Lock hospitals Punjab
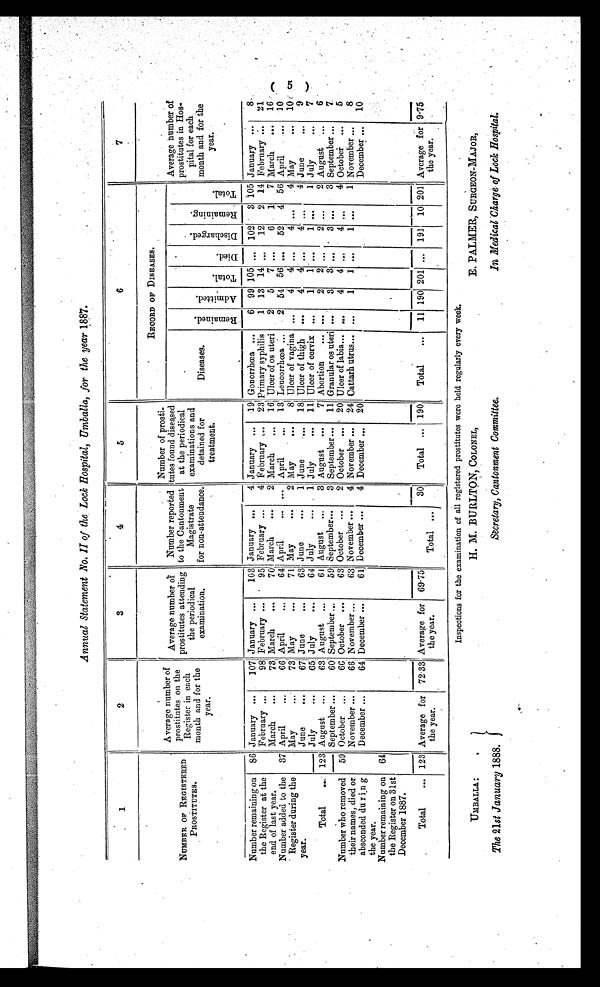
UMBALLA:
The 21 st January 1888.
H. M. BURLTON, COLONEL,
Secretary, Cantonment Committee.
E. PALMER, SURGEON-MAJOR,
In Medical Charge of Lock Hospital.
Annual Statement No . II of the Lock Hospital, Umballa, for the year 1887.
1
2
3
4
5
6
7
NUMBER OF REGISTERED
PROSTITUTES.
Average number of
Prostitutes on the
R e g i s t e r i n e a c h
month and for the
year.
Average number
o f p r o s t i t u t e s a t t e n d i n g
the periodical
examination.
Number reported
to the Cantonment
Magistrate
for non-attendance.
Number of prosti-
tutes found diseased
at the periodical
examinations and
detained for
treatment.
RECORD OF DISEASES.
Average number of
prostitutes in Hos-
pital for each
month and for the
year.
Diseases.
Re ma i n e d .
A d m i t t e d .
T o t a l .
D i e d .
D i s c h a r g e d .
R e m a i n i n g .
T o t a l .
Number remaining on
the Register at the
end of last year.
86 January ...
107 January
. . .
103 January
. . .
4 January
. . .
19 Gonorrhœa ...
6 99 105
. . . 102
3 105 January ...
8
February
. . .
98 February ...
95 February ...
4 February
. . .
23 Primary syphilis
1 13 14
. . .
12
2 14 February ...
21
March
...
73 March
...
70 March
. . .
2 March
. . .
16 Ulcer of os uteri
2
5
7
. . .
6
1
7 March
...
16
Number added to the
Register during the
year.
37 April
. . .
66 April
. . .
64 April
... ... April
. . .
13 Leucorrhœa ...
2 54 56 ...
52
4 56 April
...
10
May
. . .
7 3 May
. . .
71 May
. . .
2 May
. . .
8 Ulcer of vagina ...
4
4 ...
4 ...
4 May
. . .
10
June
. . .
67 June
...
63 June
. . .
1 June
. . . 18 Ulcer of thigh
...
4
4
. . .
4 ...
4 June
...
9
July
. . .
65 July
...
6 4 July
...
1 July
...
11 Ulcer of cervix ...
1
1 ...
1
...
1 July
. . .
7
Total
..
123 August
...
63 August
. . .
61 August ...
3 August
...
7 Abortion
... ...
2
2
. . .
2 ...
2 August ...
6
Number who removed
their names, died or
absconded du r i n g
the year.
59
September ...
60 September ...
59 September . . .
3 September ...
11 Granular os uteri ...
3
3 ...
3 ...
3 September ...
7
October ...
66 October ...
63 October ...
2 October ...
20 Ulcer of labia...
...
4
4 ...
4 ...
4 October ...
5
November ...
66 November . . .
63 November ...
4 November ...
24 Cattarh utrus... ...
1
1 ...
1 ...
1 November ...
8
Number remaining on
the Register on 31st
December 1887.
64
December ...
64 December ...
61J December ...
4 December ...
20
December ...
10
Total
... 123 Average for
the year.
72.33 Average for
the year.
69.75
Total ...
30
Total ... 190
Total
...
11 190 201 ... 191 10 201 Average for
the year.
9.75
Inspections for the examination of all registered prostitutes were held regularly every week.
( 5 )